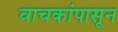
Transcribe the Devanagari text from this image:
वाचकांपासून